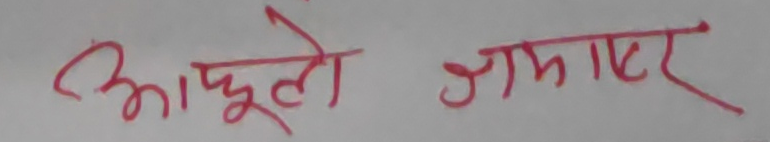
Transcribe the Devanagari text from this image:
आफुले जानेर